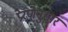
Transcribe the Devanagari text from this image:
प्रेरणेनुसार